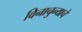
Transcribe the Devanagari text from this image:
विनाचुन्याचे